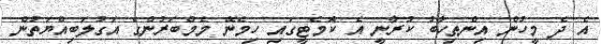
އެ ދެ މީހުން އިންތިހާބު ކުރާނީ އެ ކޮމެޓީގައި ހިމެނޭ މެމްބަރުންގެ އަގުލަބިއްޔަތުން